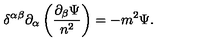
\delta ^ { \alpha \beta } \partial _ { \alpha } \left( \frac { \partial _ { \beta } \Psi } { n ^ { 2 } } \right) = - m ^ { 2 } \Psi .